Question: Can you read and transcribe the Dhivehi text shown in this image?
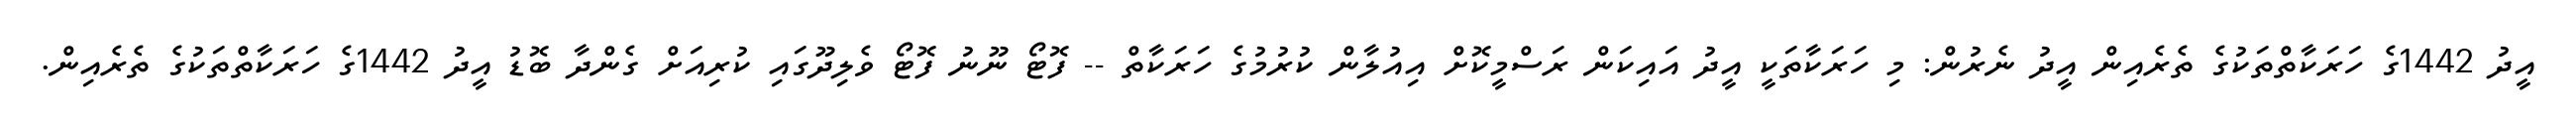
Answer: އީދު 1442ގެ ހަރަކާތްތަކުގެ ތެރެއިން އީދު ނެރުން: މި ހަރަކާތަކީ އީދު އައިކަން ރަސްމީކޮށް އިއުލާން ކުރުމުގެ ހަރަކާތް -- ފޮޓޯ ނޫނު ފޮޓޯ ވެލިދޫގައި ކުރިއަށް ގެންދާ ބޮޑު އީދު 1442ގެ ހަރަކާތްތަކުގެ ތެރެއިން.